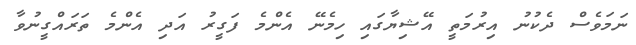
ނަމަވެސް ދެކުނު އިރުމަތީ އޭޝިޔާގައި ހިމެނޭ އެންމެ ފަގީރު އަދި އެންމެ ތަރައްގީނުވާ